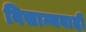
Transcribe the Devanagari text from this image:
विसाम्यवादी